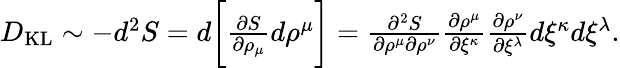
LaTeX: \begin{array}{r}{D_{\mathrm{KL}}\sim-d^{2}S=d\bigg[\frac{\partial S}{\partial\rho_{\mu}}d\rho^{\mu}\bigg]=\frac{\partial^{2}S}{\partial\rho^{\mu}\partial\rho^{\nu}}\frac{\partial\rho^{\mu}}{\partial\xi^{\kappa}}\frac{\partial\rho^{\nu}}{\partial\xi^{\lambda}}d\xi^{\kappa}d\xi^{\lambda}.}\end{array}